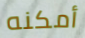
أمكنه